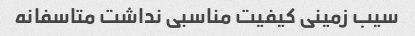
سیب زمینی کیفیت مناسبی نداشت متاسفانه